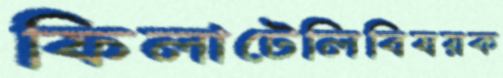
ফিলাটেলিবিষয়ক